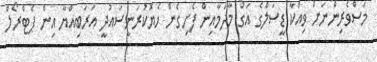
މަސްވެރިންނަށް ވިއްކާ ޑީސަލްގެ އަގު މާދަމާއިން ފެށިގެން ހެޔޮކުރަނީސައުދީ އަރަބިއްޔާ އިން ޕެޓްރޯލް